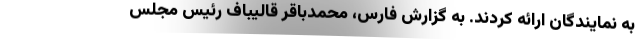
به نمایندگان ارائه کردند. به گزارش فارس، محمدباقر قالیباف رئیس مجلس